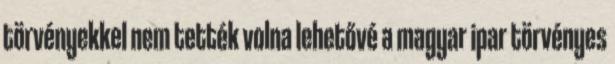
törvényekkel nem tették volna lehetővé a magyar ipar törvényes